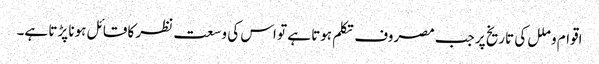
اقوام و ملل کی تاریخ پر جب مصروف تکلم ہوتا ہے تو اس کی وسعت نظر کا قائل ہونا پڑتا ہے۔